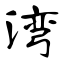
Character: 湾